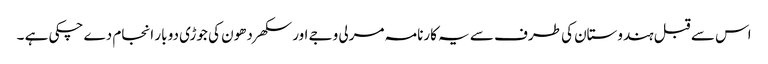
اس سے قبل ہندوستان کی طرف سے یہ کارنامہ مرلی وجے اور سکھر دھون کی جوڑی دو بار انجام دے چکی ہے ۔